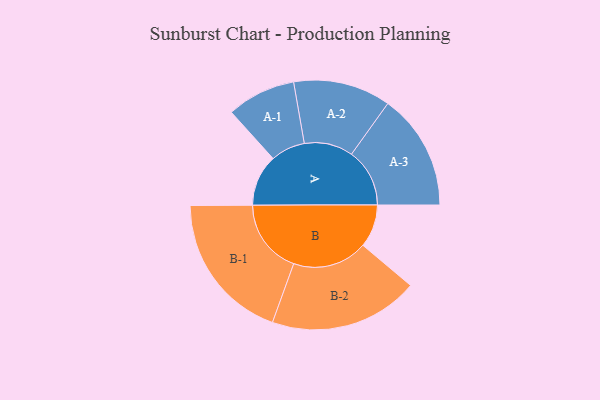
{"axis": {"x": "Segment", "y": "Value"}, "legend": ["", "A", "B"], "data": [{"x": "A", "y": 202, "type": ""}, {"x": "B", "y": 168, "type": ""}, {"x": "A-1", "y": 135, "type": "A"}, {"x": "A-2", "y": 191, "type": "A"}, {"x": "A-3", "y": 228, "type": "A"}, {"x": "B-1", "y": 293, "type": "B"}, {"x": "B-2", "y": 293, "type": "B"}]}